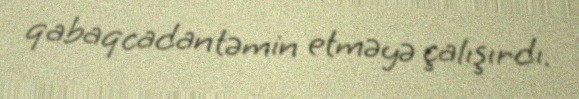
qabaqcadan təmin etməyə çalışırdı.